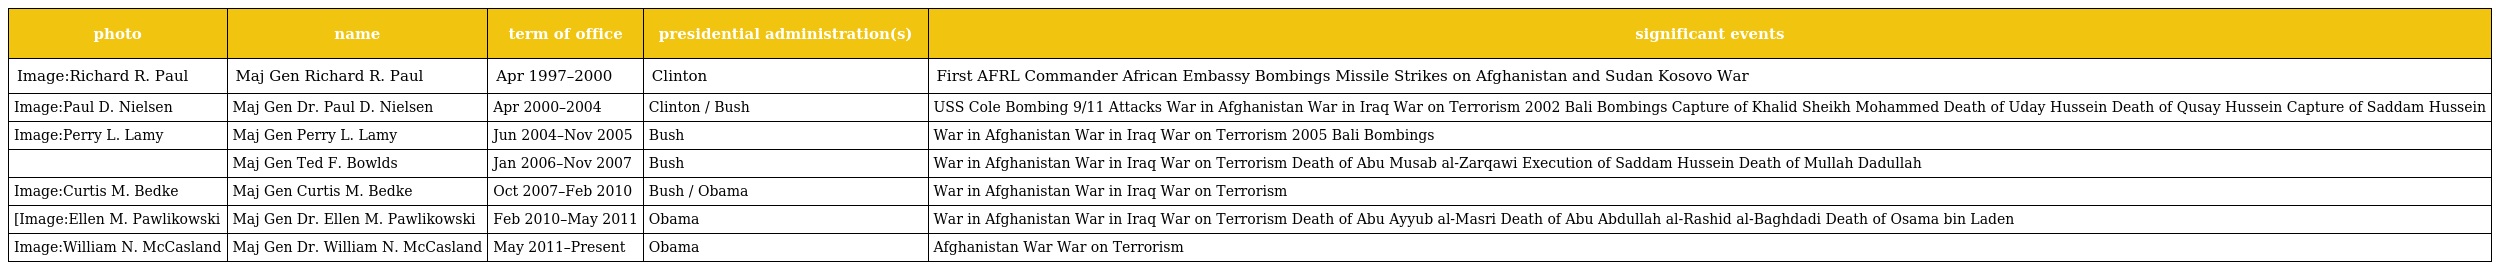
| photo | name | term of office | presidential administration(s) | significant events |
 | --- | --- | --- | --- | --- |
 | Image:Richard R. Paul | Maj Gen Richard R. Paul | Apr 1997–2000 | Clinton | First AFRL Commander African Embassy Bombings Missile Strikes on Afghanistan and Sudan Kosovo War |
 | Image:Paul D. Nielsen | Maj Gen Dr. Paul D. Nielsen | Apr 2000–2004 | Clinton / Bush | USS Cole Bombing 9/11 Attacks War in Afghanistan War in Iraq War on Terrorism 2002 Bali Bombings Capture of Khalid Sheikh Mohammed Death of Uday Hussein Death of Qusay Hussein Capture of Saddam Hussein |
 | Image:Perry L. Lamy | Maj Gen Perry L. Lamy | Jun 2004–Nov 2005 | Bush | War in Afghanistan War in Iraq War on Terrorism 2005 Bali Bombings |
 |  | Maj Gen Ted F. Bowlds | Jan 2006–Nov 2007 | Bush | War in Afghanistan War in Iraq War on Terrorism Death of Abu Musab al-Zarqawi Execution of Saddam Hussein Death of Mullah Dadullah |
 | Image:Curtis M. Bedke | Maj Gen Curtis M. Bedke | Oct 2007–Feb 2010 | Bush / Obama | War in Afghanistan War in Iraq War on Terrorism |
 | [Image:Ellen M. Pawlikowski | Maj Gen Dr. Ellen M. Pawlikowski | Feb 2010–May 2011 | Obama | War in Afghanistan War in Iraq War on Terrorism Death of Abu Ayyub al-Masri Death of Abu Abdullah al-Rashid al-Baghdadi Death of Osama bin Laden |
 | Image:William N. McCasland | Maj Gen Dr. William N. McCasland | May 2011–Present | Obama | Afghanistan War War on Terrorism |